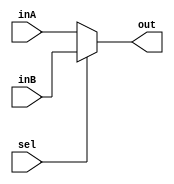
`timescale 1ns / 1ps
//////////////////////////////////////////////////////////////////////////////////
// Company: 
// Engineer: 
// 
// Design Name: 
// Module Name: Mux16Bit2to1
// Project Name: 
// Target Devices: 
// Tool Versions: 
// Description: 
// 
// Dependencies: 
// 
// Revision:
// Revision 0.01 - File Created
// Additional Comments:
// 
//////////////////////////////////////////////////////////////////////////////////


module Mux16Bit2to1 (
    out,
    inA,
    inB,
    sel
);

  output reg [15:0] out;

  input [15:0] inA;
  input [15:0] inB;
  input sel;

  always @(*) begin
    if (sel) begin
      out <= inB;
    end else begin
      out <= inA;
    end
  end

endmodule